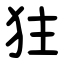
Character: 㹥